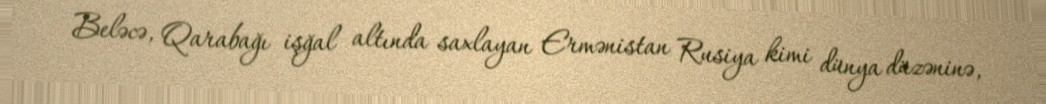
Beləcə, Qarabağı işğal altında saxlayan Ermənistan Rusiya kimi dünya düzəninə,